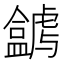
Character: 𥃋